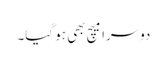
دوسرا میچ بھی ہو گیا۔